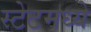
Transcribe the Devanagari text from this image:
स्टेटमध्ये